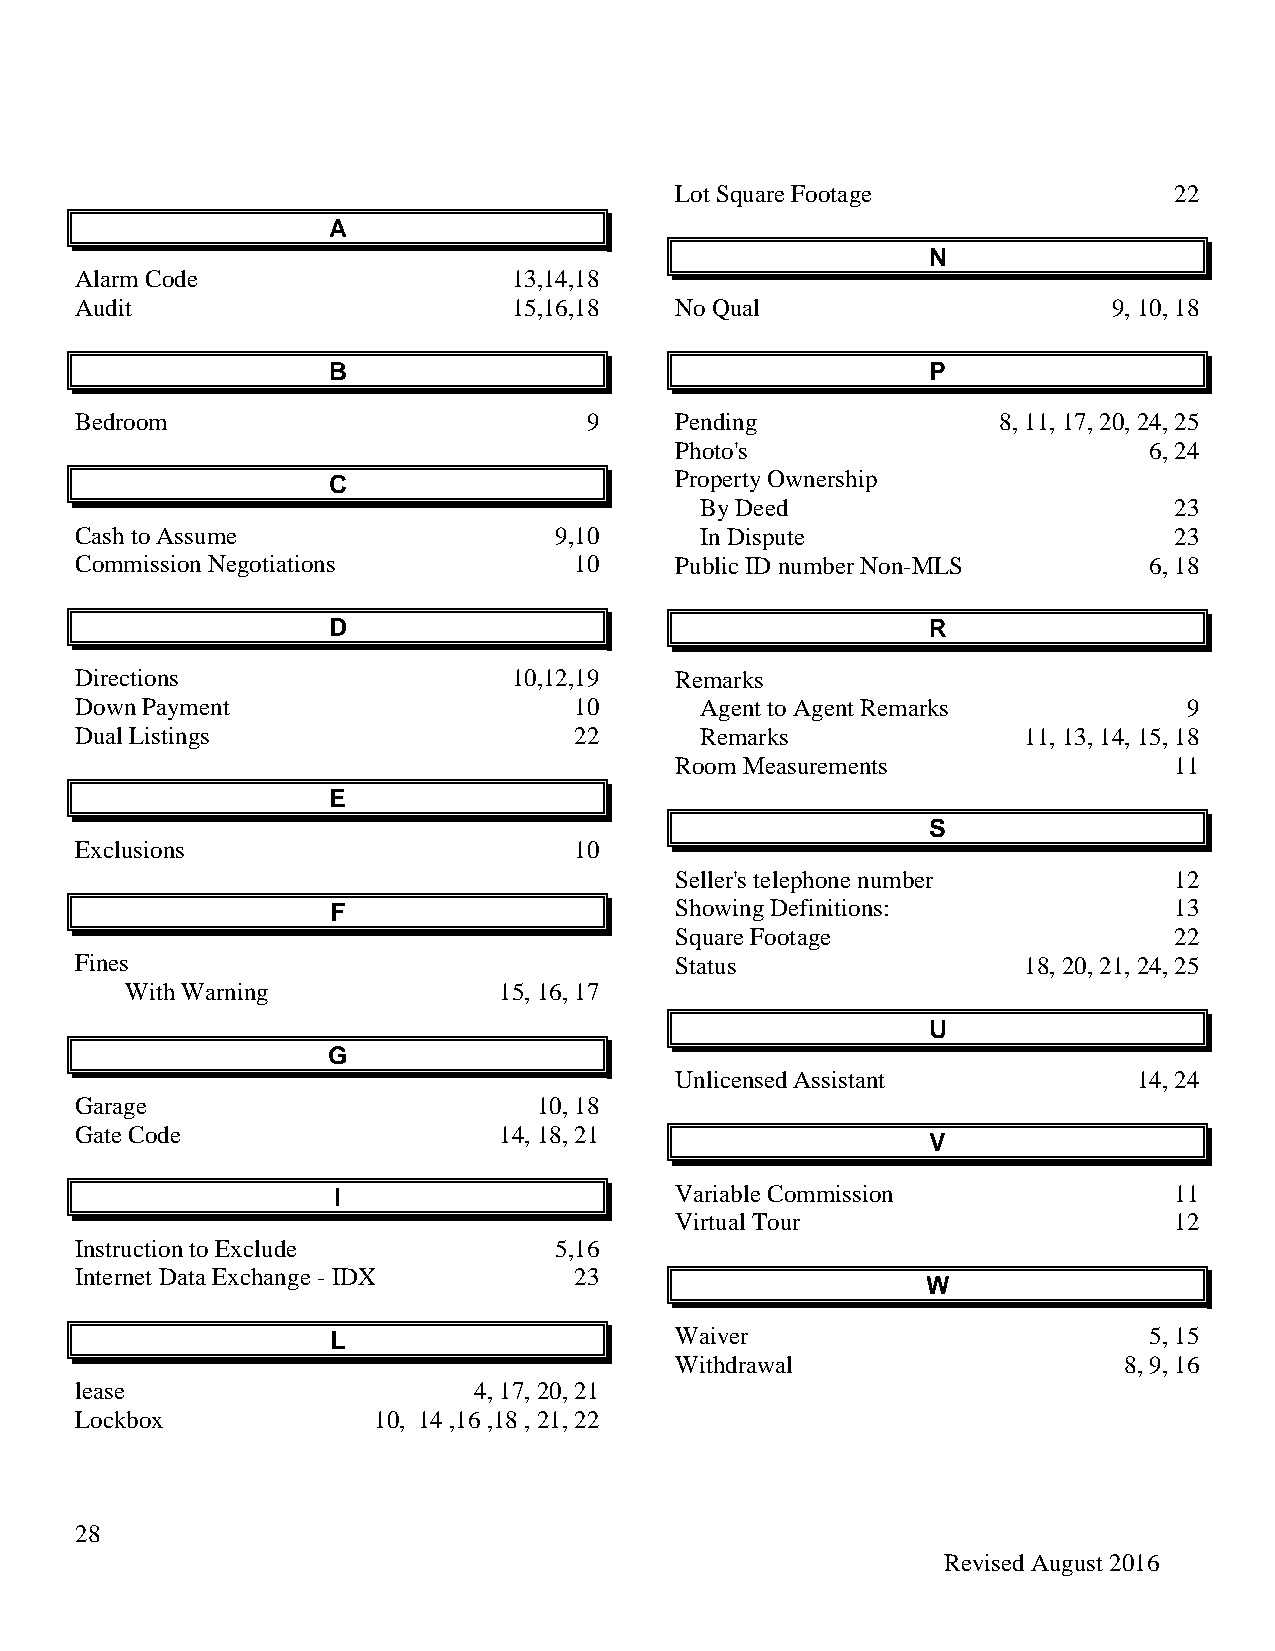
Lot Square Footage               22
 A
 N
 Alarm Code                   13,14,18
 Audit                        15,16,18   No Qual                      9, 10, 18
 B                                       P
 Bedroom                           9     Pending              8, 11, 17, 20, 24, 25
 Photo's                        6, 24
 C                      Property Ownership
 By Deed                         23
 Cash to Assume                  9,10     In Dispute                      23
 Commission Negotiations          10     Public ID number Non-MLS       6, 18
 D                                      R
 Directions                   10,12,19   Remarks
 Down Payment                     10      Agent to Agent Remarks           9
 Dual Listings                    22      Remarks               11, 13, 14, 15, 18
 Room Measurements                11
 E
 S
 Exclusions                       10
 Seller's telephone number        12
 F                      Showing Definitions:             13
 Square Footage                   22
 Fines                                   Status                 18, 20, 21, 24, 25
 With Warning             15, 16, 17
 U
 G
 Unlicensed Assistant          14, 24
 Garage                         10, 18
 Gate Code                   14, 18, 21
 V
 I                      Variable Commission              11
 Virtual Tour                     12
 Instruction to Exclude          5,16
 Internet Data Exchange - IDX     23
 W
 L                      Waiver                         5, 15
 Withdrawal                   8, 9, 16
 lease                     4, 17, 20, 21
 Lockbox             10, 14 ,16 ,18 , 21, 22
 28
 Revised August 2016